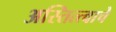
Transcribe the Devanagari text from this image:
अस्तित्त्वाचे